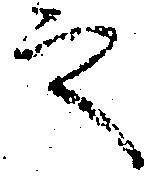
之